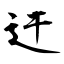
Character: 迀